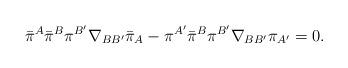
LaTeX: \begin{align*}\bar{\pi}{}^A\bar{\pi}^B\pi^{B'}\nabla_{BB'}\bar{\pi}_A -\pi^{A'}\bar{\pi}^B\pi^{B'}\nabla_{BB'}\pi_{A'} = 0.\end{align*}